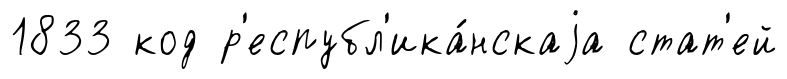
1833 код р'еспубл'ика́нскаjа стат'ей